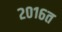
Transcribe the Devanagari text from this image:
२०१६त